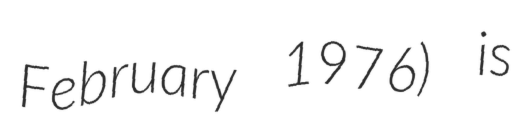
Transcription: February 1976) is